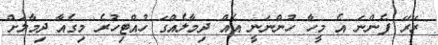
ރޭރޭ ފެންނަ އެ މީހާ ހުންނަނީ އެއް ދިމާލެއްގަ ހުއްޓިހުރެ މިގެއާ ދިމާލަށް